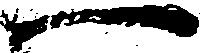
一